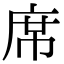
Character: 席